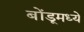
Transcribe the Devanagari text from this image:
बोंडूमध्ये